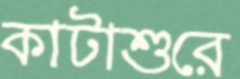
কাটাশুরে